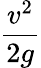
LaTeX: \frac{v^{2}}{2g}